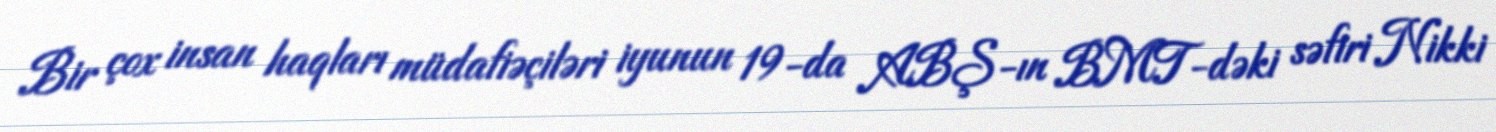
Bir çox insan haqları müdafiəçiləri iyunun 19-da ABŞ-ın BMT-dəki səfiri Nikki